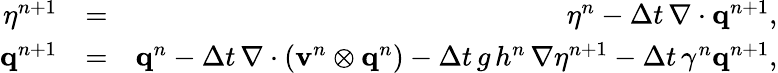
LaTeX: \begin{array}{rlr}{\eta^{n+1}}&{=}&{\eta^{n}-\Delta t\, \nabla\cdot\mathbf{q}^{n+1},}\\ {\mathbf{q}^{n+1}}&{=}&{\mathbf{q}^{n}-\Delta t\, \nabla\cdot\left(\mathbf{v}^{n}\otimes\mathbf{q}^{n}\right)-\Delta t\, g\, h^{n}\, \nabla\eta^{n+1}-\Delta t\, \gamma^{n}\mathbf{q}^{n+1},}\end{array}